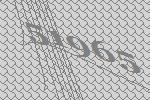
51965